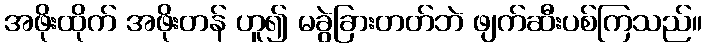
အဖိုးထိုက် အဖိုးတန် ဟူ၍ မခွဲခြားတတ်ဘဲ ဖျက်ဆီးပစ်ကြသည်။